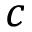
c